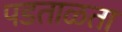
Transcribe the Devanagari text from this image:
पडताळता